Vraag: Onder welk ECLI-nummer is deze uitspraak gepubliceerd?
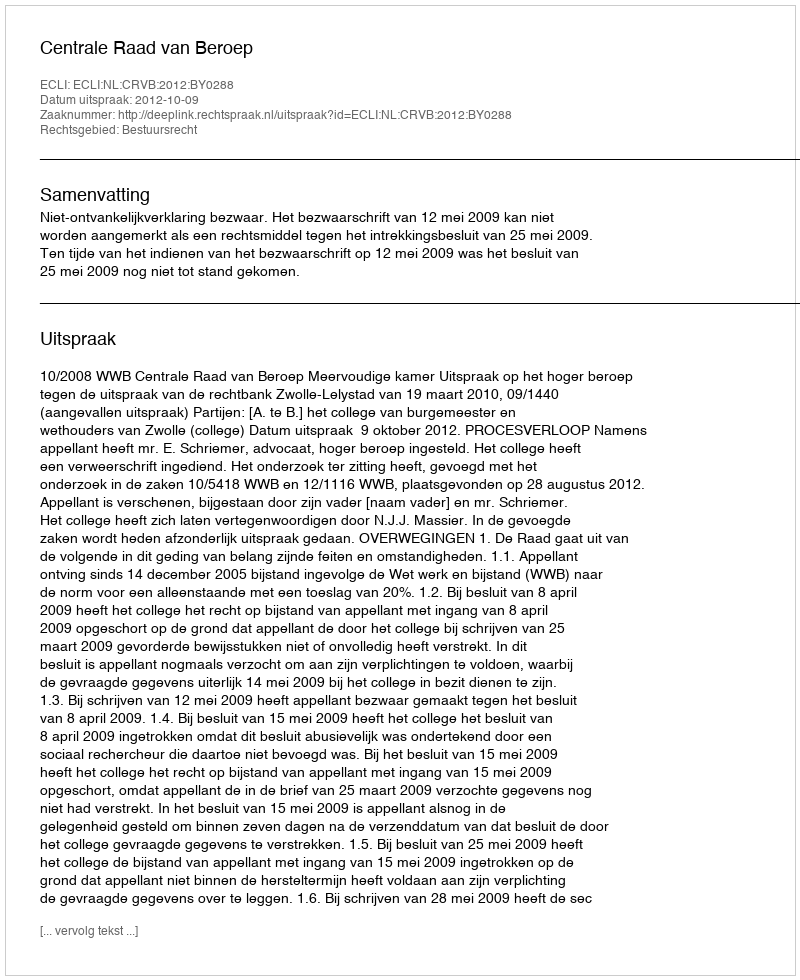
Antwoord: ECLI:NL:CRVB:2012:BY0288